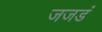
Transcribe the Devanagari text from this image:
जजडं